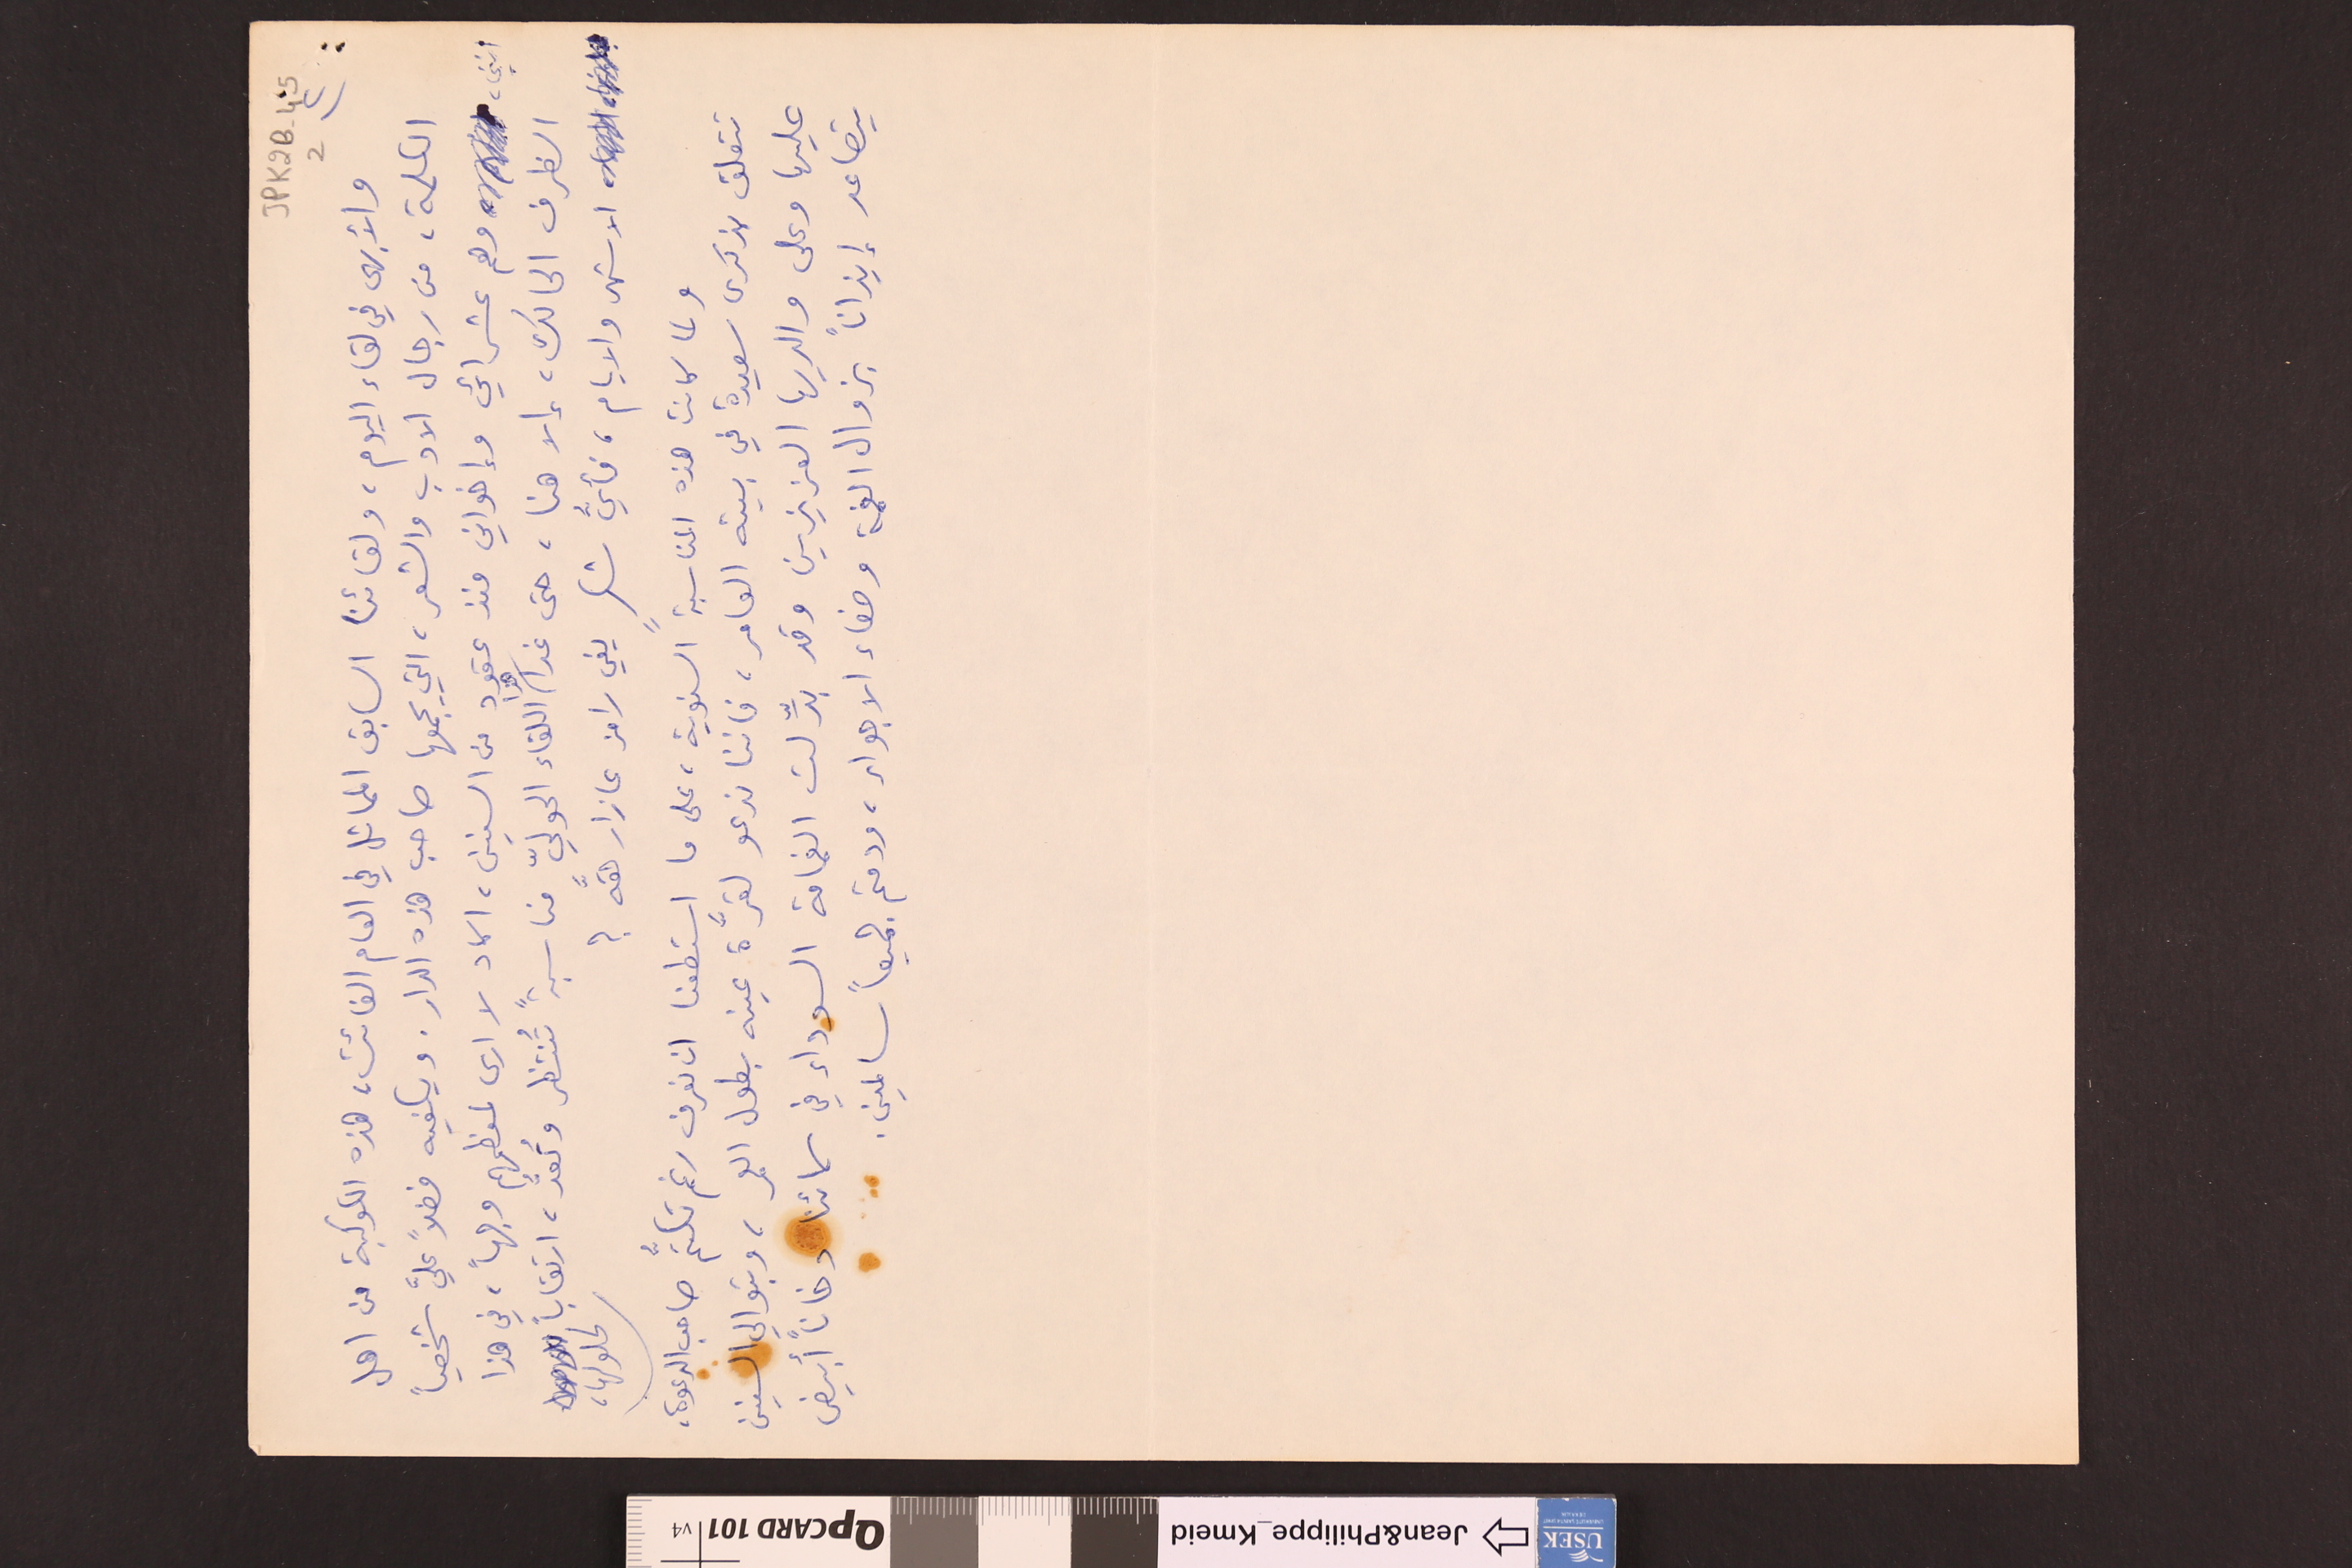
JPK2B-45 	2		٢)
والأبهى في لقاء اليوم، ولقائنا السابق المماثل في العام الفائت، هذه الكوكبة من اهل
الكلمة، من رجال الادب والشعر، التي يجمعها صاحب هذه الدار. ويكفيه فضلاً عليَّ شخصياً
انني، وهم عشرائي وإخواني منذ عقود من السنين، اكاد لا ارى لمعظمهم وجهاً، في هذا
الظرف الحالك، إلا هنا، حتى غدا هذا اللقاء الدوليّ مناسبةً تُنتظر وتُعدُّ، ارتقاباً لحلولها،
الاشهر والايام، فأيُّ شكرٍ يفي رامز عازار حقَّه ؟
ولما كانت هذه المناسبة السنوية، على ما استطعنا ان نعرف رغم تكتُّم صاحب الدعوة،
تتعلق بذكرى سعيدة في بيته العامر، فاننا ندعو لقرَّة عينه بطول العمر، وبتوالي السنين
عليها وعلى والديها العزيزين وقد بدِّلت الغمامة السوداء في سمائنا دخاناً أبيض
يتصاعد إيذاناً بزوال الغمة وصفاء الاجواء، ودمتم جميعاً سالمين.